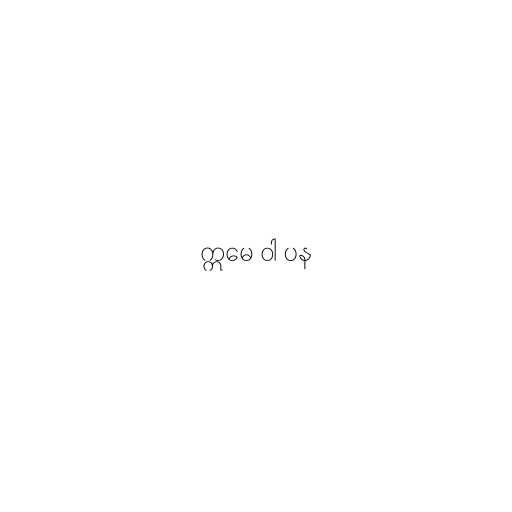
ဣမေ ဝါ ပန